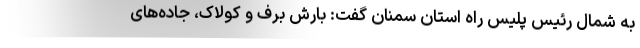
به شمال رئیس پلیس راه استان سمنان گفت: بارش برف و کولاک، جاده‌های